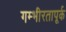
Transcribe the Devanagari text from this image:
गम्भीरतापूर्क